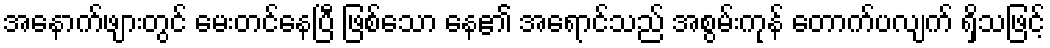
အနောက်ဖျားတွင် မေးတင်နေပြီ ဖြစ်သော နေ၏ အရောင်သည် အစွမ်းကုန် တောက်ပလျက် ရှိသဖြင့်